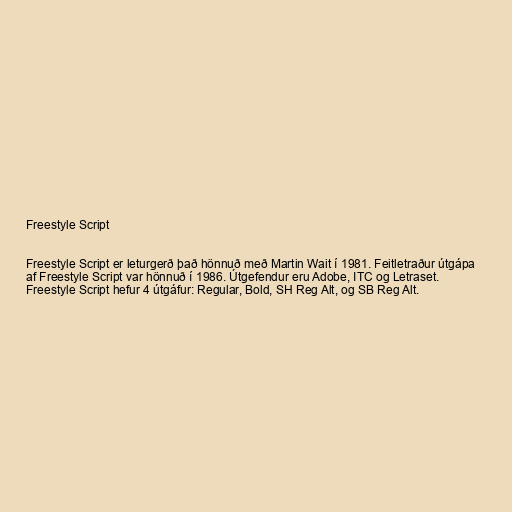
Freestyle Script

Freestyle Script er leturgerð það hönnuð með Martin Wait í 1981. Feitletraður útgápa
af Freestyle Script var hönnuð í 1986. Útgefendur eru Adobe, ITC og Letraset.
Freestyle Script hefur 4 útgáfur: Regular, Bold, SH Reg Alt, og SB Reg Alt.